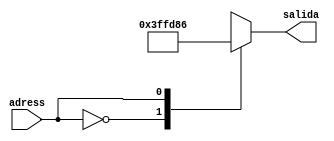
`timescale 1ns / 1ps
//////////////////////////////////////////////////////////////////////////////////
// Instituto Tecnologico de Costa Rica
// Laboratorio de diseo de sistemas digital
// Profesor: Alfonso Chacon
//
// Estudiantes:
// Edgar Solera Bolaos
// Diego Salazar Sibaja 
//
// Control de mquina contra incendios
//////////////////////////////////////////////////////////////////////////////////
module mem_elec(
    input adress,
    output reg [10:0] salida
    );



localparam A= 2'b0, B= 2'b1;
always @(adress)
		case (adress)
			A:
			salida=12'b11111111111;
			B:
			salida=12'b10110000110;
			endcase
endmodule